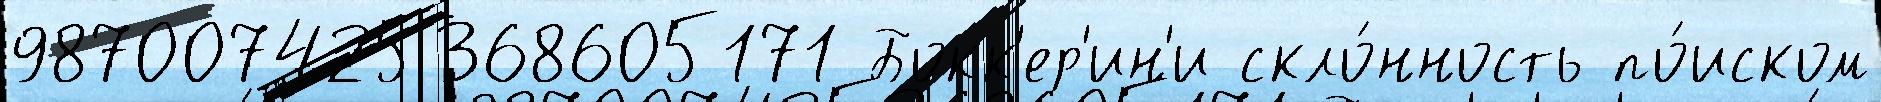
987007425368605171 Бокк'ер'ин'и скло́нность по́иском